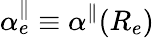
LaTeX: \alpha_{e}^{\parallel}\equiv\alpha^{\parallel}(R_{e})